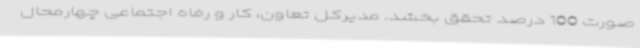
صورت 100 درصد تحقق بخشد. مدیرکل تعاون، کار و رفاه اجتماعی چهارمحال